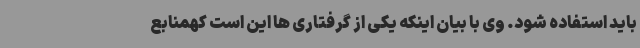
باید استفاده شود. وی با بیان اینکه یکی از گرفتاری ها این است کهمنابع